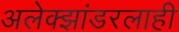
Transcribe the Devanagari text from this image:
अलेक्झांडरलाही